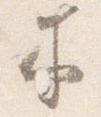
木